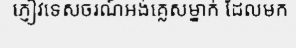
ភ្ញៀវទេសចរណ៍អង់គ្លេសម្នាក់ ដែលមក